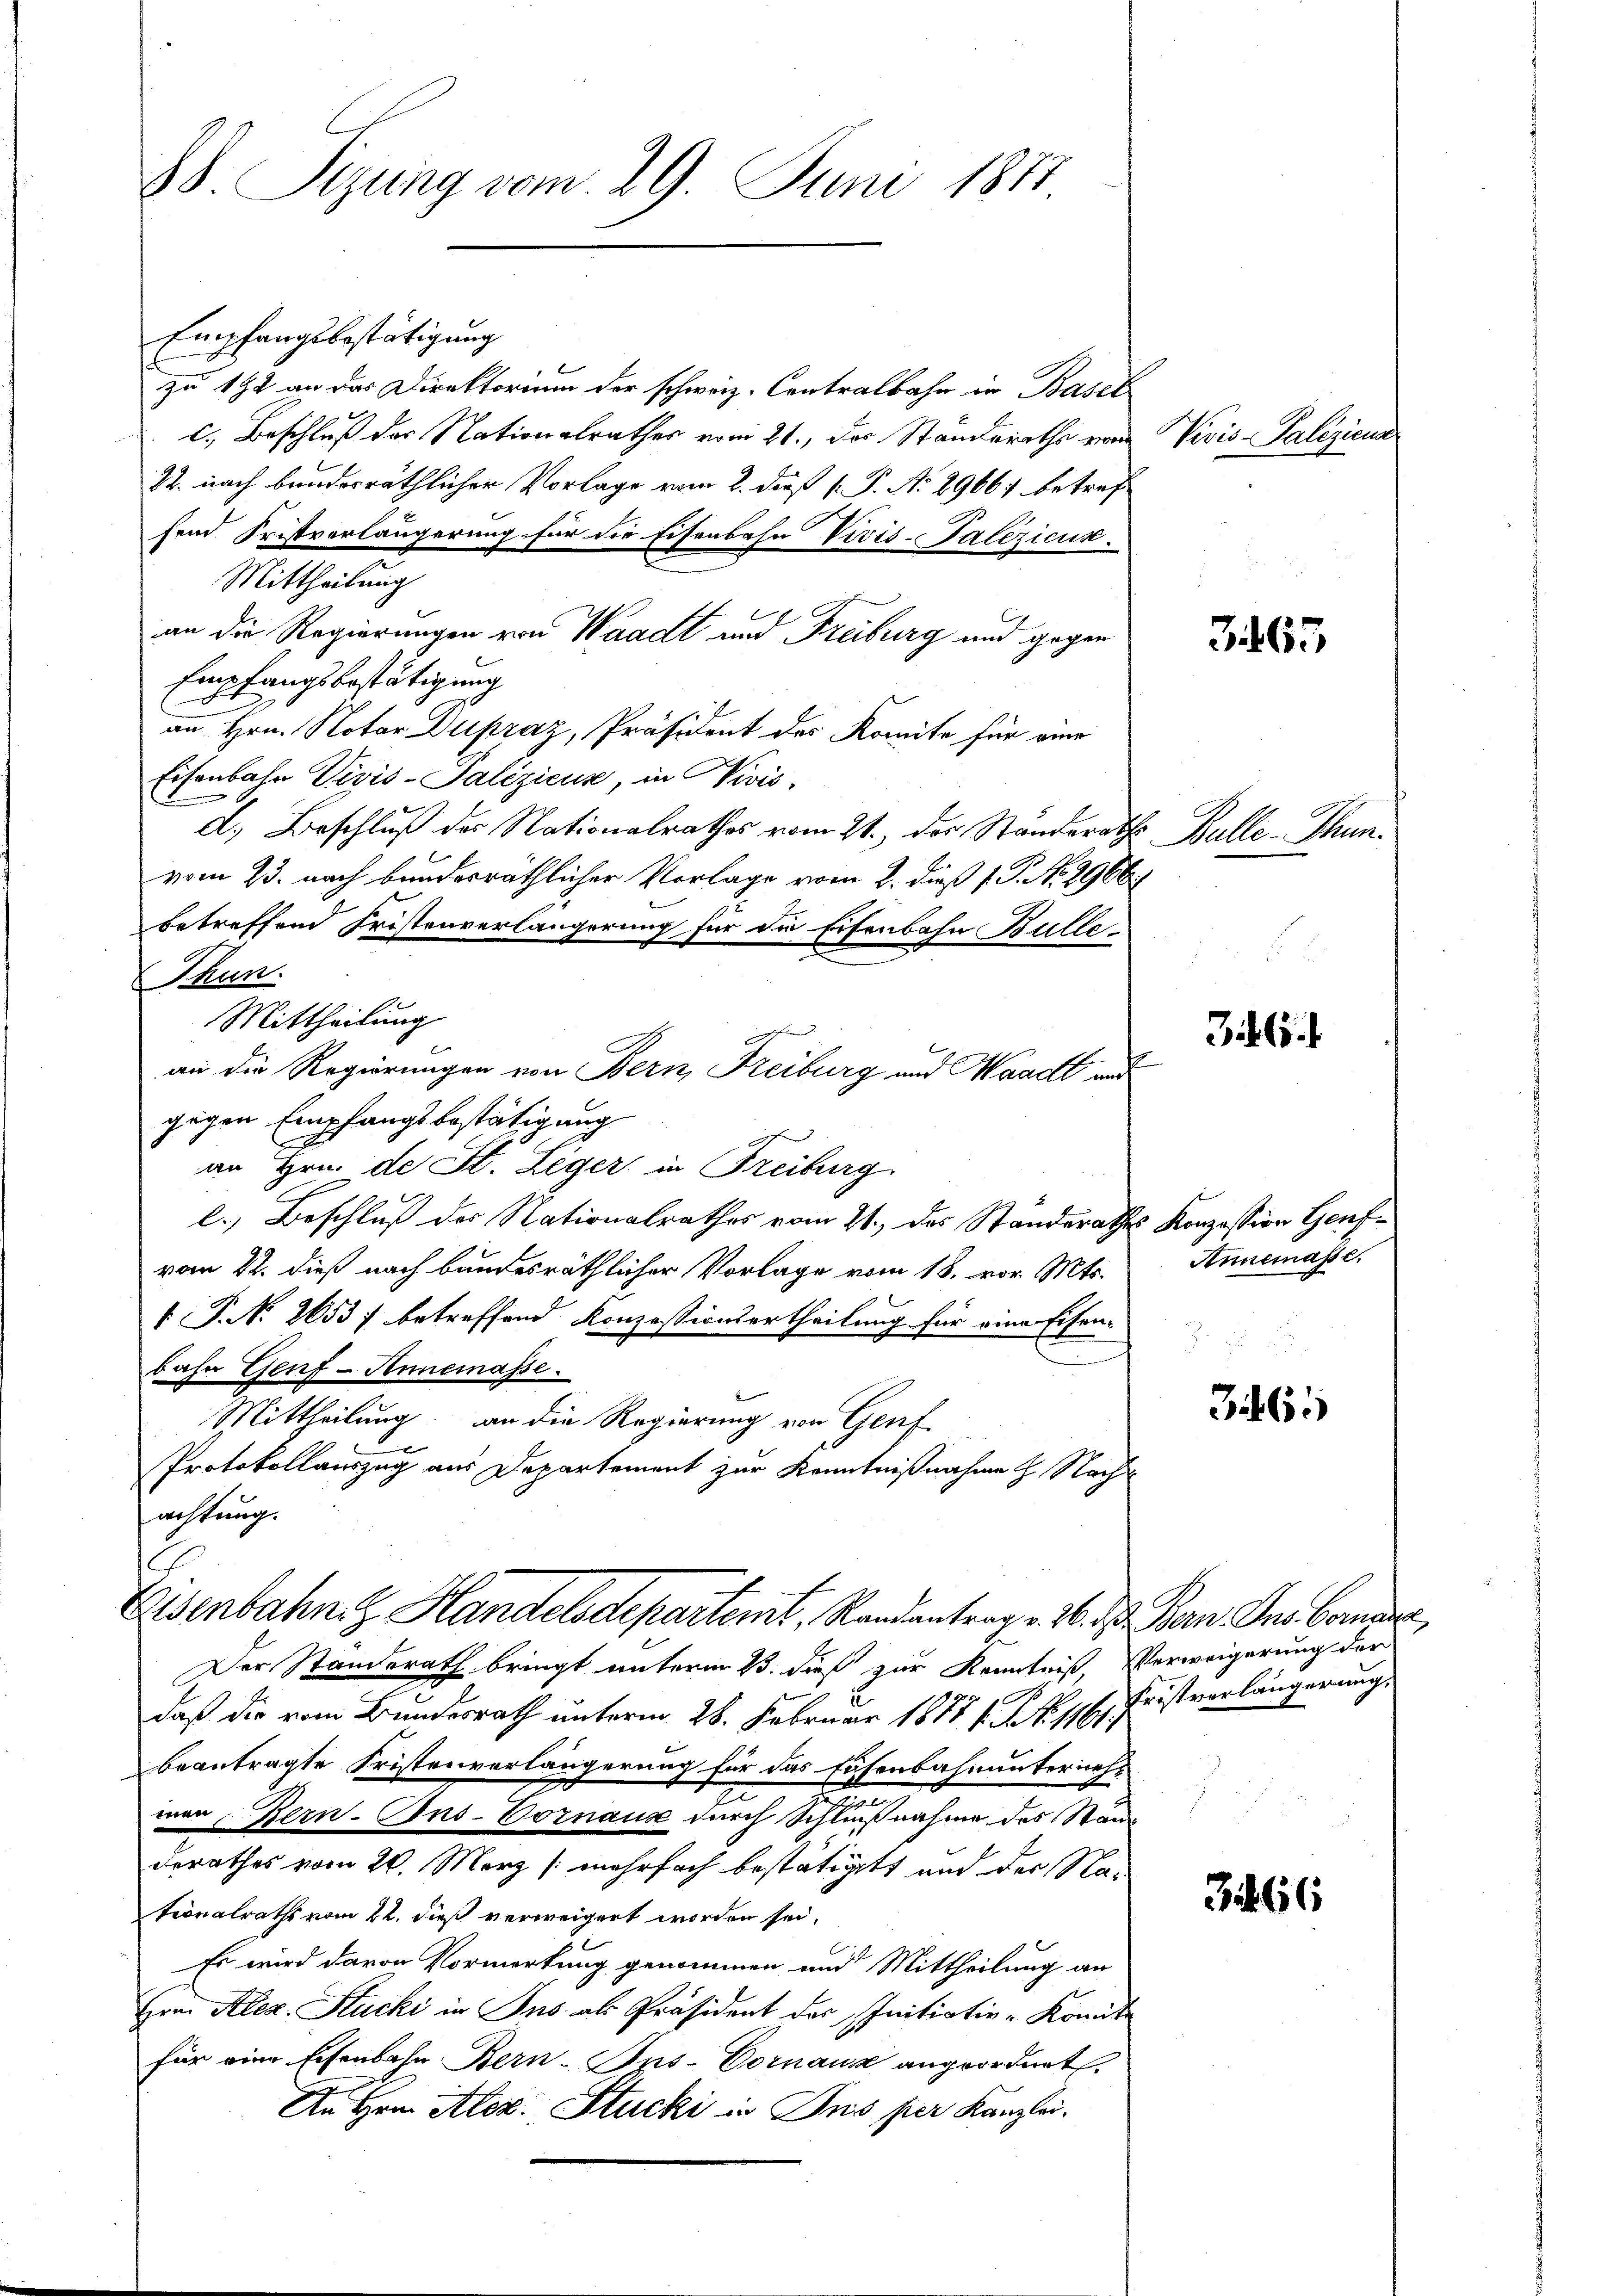
88. Sizung vom 29. Juni 1877

Empfangsbestätigung
zu 192 an das Direktorium der schweiz. Contralbahn in Basel
c.) Beschluß der Nationalrathes vom 21., des Standeraths von
22. nach bundesräthlicher Vorlage vom 2. daß [ P. N. 2966 betrefhend Fristverlängerung für die Eisenbahn Vivis-Palezicus.
Mittheilung
an die Regierungen von Waadt und Freiburg und gegen
Empfangsbestätigung
an Hrn. Notar Dupraz, Präsident des Komite für eine
Eisenbahn Vigis-Palezicus, in Divis,
d.) Beschluß der Nationalrathes vom 21. des Ständerath Bulle - Thunvom 23. nach bundesräthlicher Vorlage vom 2. dieß J. P. No. 2966.
betreffend Fristenverlängerung für die Eisenbahn Bülle
 Thun.
Mittheilung
an die Regierungen von Bern, Freiburg und Waadt und
gigen Empfangsbestätigung
an Hrn. de St. Leger in Freiburg
l.) Beschluß der Nationalrathes vom 21. des Standerathes Konzession Genfvom 22. dieß nach bandesräthlicher Vorlage vom 18. vor. Mts.
 P. No. 26537 betreffend Konzessionsertheilung für eine Eisen-
bahr Genf - Annemasse.
Mittheilung an die Regierung von Genf
Protokollauszug aus Departement zur Kenntnißnahme H. Nachachtung.

Eisenbahn z. Handelsdepartemt, Randantrag v. 4. d. Kan der Coman

Der Ständerath bringt unterm 13. dieß zur Kenntniß, Verweigerung der
daß die vom Bundesrath unterm 28. Februar 1871 f. J. 176. Fristverlängerung
beantragte Fristenverlängerung für das Eisenbahnunterneh-
mar Bern-Ans-Vornaux durch Schlußnahme des Stande
derathes vom 24. März [mehrfach bestätiget und der Natonalraths vom 22. dieß verweigert worden sei,
Es wird davon Vormerkung genommen und Mittheilung an
Hrnn Alez. Stucki in Ins als Präsident des Initiativ-Komit
für eine Eisenbahn Bern-Ins-Vornau angeordnet
An Hrn. Alez. Stucki in Ins per Kanzlei.

Vivis Paliziena

365

365.

Annemasse.

3465

366